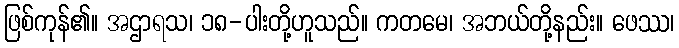
ဖြစ်ကုန်၏။ အဌာရသ၊ ၁၈-ပါးတို့ဟူသည်။ ကတမေ၊ အဘယ်တို့နည်း။ ဖေဿ၊